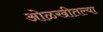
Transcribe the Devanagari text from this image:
ओळखीतल्या